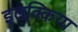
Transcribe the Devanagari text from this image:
इलक्किया